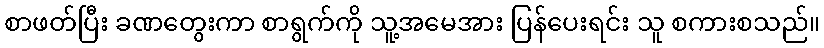
စာဖတ်ပြီး ခဏတွေးကာ စာရွက်ကို သူ့အမေအား ပြန်ပေးရင်း သူ စကားစသည်။